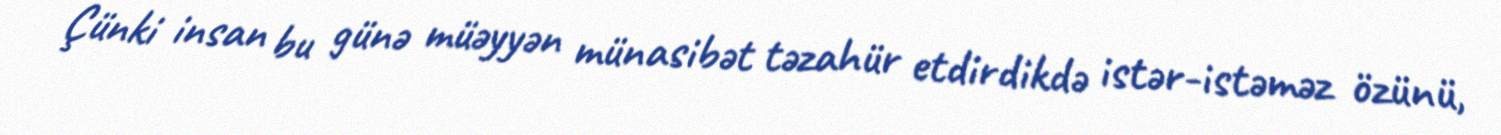
Çünki insan bu günə müəyyən münasibət təzahür etdirdikdə istər-istəməz özünü,